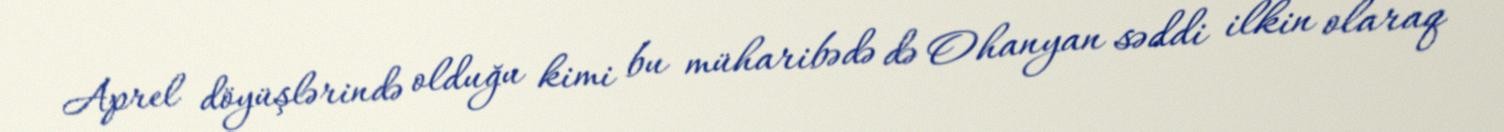
Aprel döyüşlərində olduğu kimi bu müharibədə də Ohanyan səddi ilkin olaraq